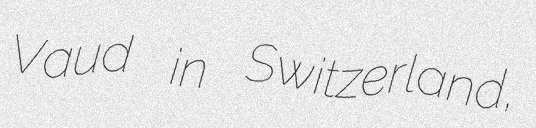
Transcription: Vaud in Switzerland,